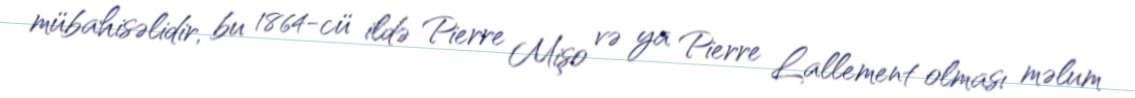
mübahisəlidir, bu 1864-cü ildə Pierre Mişo və ya Pierre Lallement olması məlum